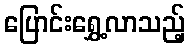
ပြောင်းရွှေ့လာသည့်